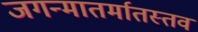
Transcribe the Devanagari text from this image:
जगन्मातर्मातस्तव